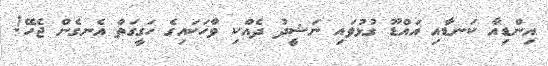
އިންޑިއާ ކަނޑާއި އައްޑޫ ގުޅުވައި ނަޝީދު ދެއްކި ވާހަކައިގެ ހަގީގަތް އެނގެން ޖެހޭ!